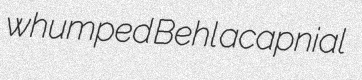
whumped Behl acapnial